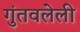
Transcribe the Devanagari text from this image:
गुंतवलेली